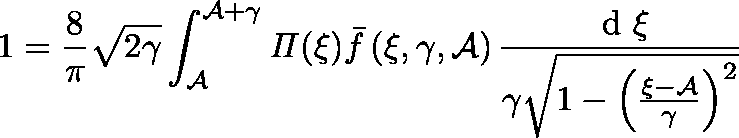
1 = \frac { 8 } { \pi } \sqrt { 2 \gamma } \int _ { \mathcal { A } } ^ { \mathcal { A } + \gamma } \mathit { \Pi } ( \xi ) \bar { f } \left( \xi , \gamma , \mathcal { A } \right) \frac { \mathrm { ~ d ~ } \xi } { \gamma \sqrt { 1 - \left( \frac { \xi - \mathcal { A } } { \gamma } \right) ^ { 2 } } }